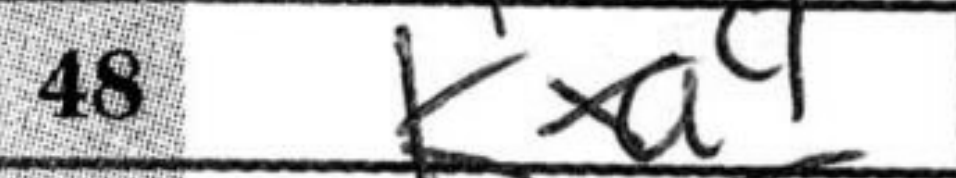
Transcription: Kxa4